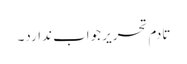
تادم تحریر جواب ندارد۔